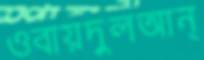
ওবায়দুলআন্